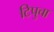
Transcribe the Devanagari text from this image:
टिपुचा